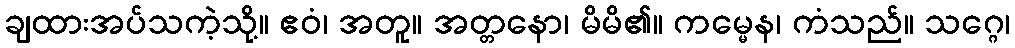
ချထားအပ်သကဲ့သို့။ ဧဝံ၊ အတူ။ အတ္တနော၊ မိမိ၏။ ကမ္မေန၊ ကံသည်။ သဂ္ဂေ၊